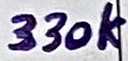
Text: 330k